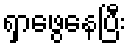
ရှာဖွေနေပြီး